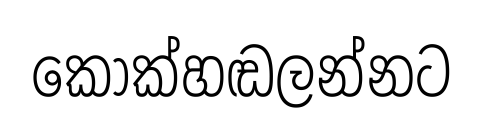
කොක්හඬලන්නට